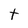
Character: t